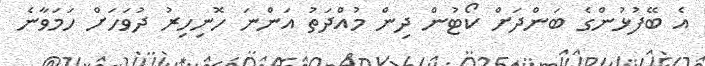
އެ ބޭފުޅުންގެ ބަންދަށް ކޯޓުން ދިން މުއްދަތު އަންނަ ހޮނިހިރު ދުވަހަށް ހަމަވާނެ